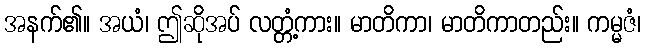
အနက်၏။ အယံ၊ ဤဆိုအပ် လတ္တံ့ကား။ မာတိကာ၊ မာတိကာတည်း။ ကမ္မဇံ၊